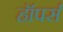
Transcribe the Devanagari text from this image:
हॉपर्स